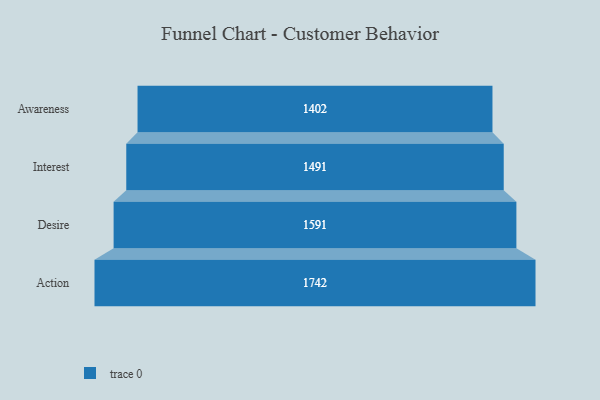
{"axis": {"x": "Stage", "y": "Value"}, "legend": [""], "data": [{"x": "Awareness", "y": 1402.0, "type": ""}, {"x": "Interest", "y": 1491.0, "type": ""}, {"x": "Desire", "y": 1591.0, "type": ""}, {"x": "Action", "y": 1742.0, "type": ""}]}